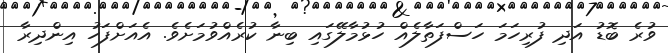
ވުރެ ބޮޑު އަދި ފުރިހަމަ ހަސްފަތާލެއް ހުޅުމާލޭގައި ބިނާ ކުރެއްވުމަށެވެ. އެއަށްފަހު އިންދިރާ